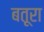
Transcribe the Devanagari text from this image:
बतूरा